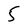
Character: 5